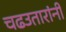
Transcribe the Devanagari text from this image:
चढउतारांनी